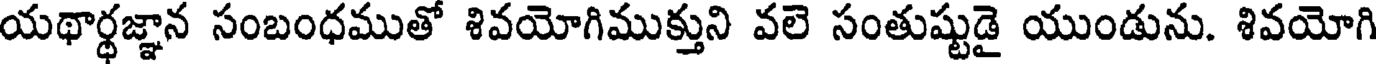
యథార్థజ్ఞాన సంబంధముతో శివయోగిముక్తుని వలె సంతుష్టుడై యుండును. శివయోగి